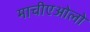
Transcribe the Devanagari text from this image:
माचीएओलो